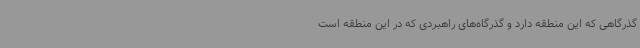
گذرگاهی که این منطقه دارد و گذرگاه‌های راهبردی که در این منطقه است